Education (Scotland) Act, 1936, 1936
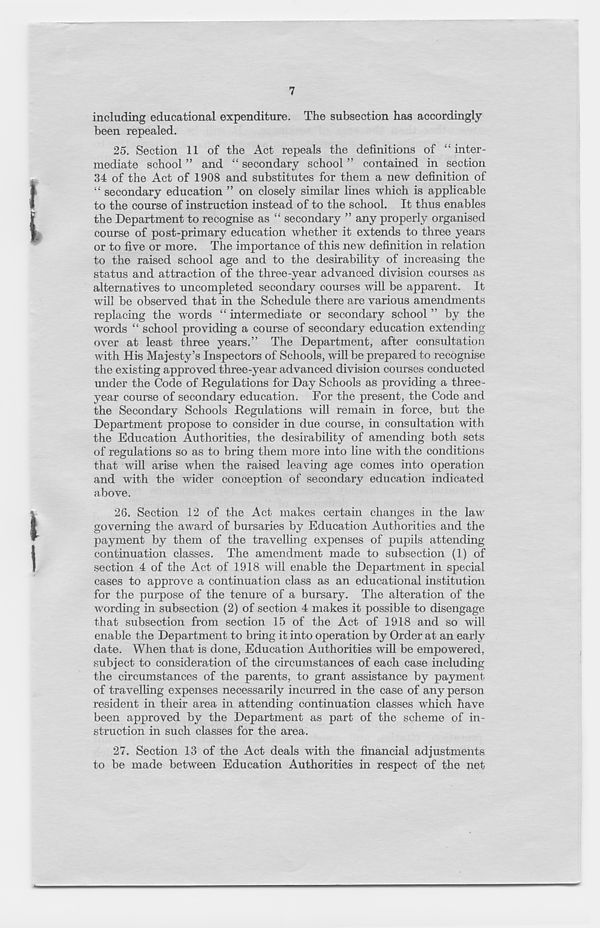
7
including educational expenditure. The subsection has accordingly
been repealed.
25. Section 11 of the Act repeals the definitions of “inter-
mediate school ” and “ secondary school ” contained in section
34 of the Act of 1908 and substitutes for them a new definition of
“ secondary education ” on closely similar lines which is applicable
to the course of instruction instead of to the school. It thus enables
the Department to recognise as “ secondary ” any properly organised
course of post-primary education whether it extends to three years
or to five or more. The importance of this new definition in relation
to the raised school age and to the desirability of increasing the
status and attraction of the three-year advanced division courses as
alternatives to uncompleted secondary courses will be apparent. It
will be observed that in the Schedule there are various amendments
replacing the words “ intermediate or secondary school ” by the
words “ school providing a course of secondary education extending
over at least three years.” The Department, after consultation
with His Majesty’s Inspectors of Schools, will be prepared to recognise
the existing approved three-year advanced division courses conducted
under the Code of Regulations for Day Schools as providing a three-
year course of secondary education. For the present, the Code and
the Secondary Schools Regulations will remain in force, but the
Department propose to consider in due course, in consultation with
the Education Authorities, the desirability of amending both sets
of regulations so as to bring them more into line with the conditions
that will arise when the raised leaving age comes into operation
and with the wider conception of secondary education indicated
above.
26. Section 12 of the Act makes certain changes in the law
governing the award of bursaries by Education Authorities and the
payment by them of the travelling expenses of pupils attending
continuation classes. The amendment made to subsection (1) of
section 4 of the Act of 1918 will enable the Department in special
cases to approve a continuation class as an educational institution
for the purpose of the tenure of a bursary. The alteration of the
Avording in subsection (2) of section 4 makes it possible to disengage
that subsection from section 15 of the Act of 1918 and so will
enable the Department to bring it into operation by Order at an early
date. When that is done, Education Authorities will be empowered,
subject to consideration of the circumstances of each case including
the circumstances of the parents, to grant assistance by payment
of travelling expenses necessarily incurred in the case of any person
resident in their area in attending continuation classes which have
been approved by the Department as part of the scheme of in-
struction in such classes for the area.
27. Section 13 of the Act deals with the financial adjustments
to be made between Education Authorities in respect of the net